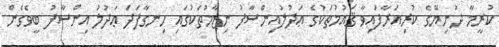
ކުރީމާ ދުނިޔޭގެ ކުރިއަރާފައިވާ ޤައުމުތަކުގެ ޢަދުލުއިންސާފު ނިޒާމުތަކުގައި ހިނގާފަދަ ޢަދުލު އިންސާފު ބީވެގެން